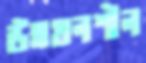
উন্নয়নশীল